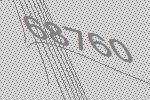
68760